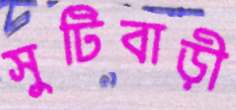
সুটিবাড়ী